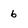
Character: b